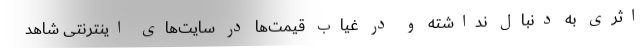
اثری به دنبال نداشته و در غیاب قیمت‌ها در سایت‌های اینترنتی شاهد